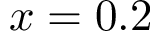
x = 0 . 2